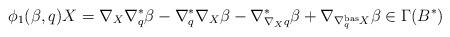
LaTeX: \begin{align*} \phi_1(\beta,q)X = \nabla_X\nabla^*_q \beta - \nabla^*_q\nabla_X \beta-\nabla^*_{\nabla_X q} \beta + \nabla_{\nabla^{\rm bas}_ qX} \beta\in\Gamma(B^*)\end{align*}